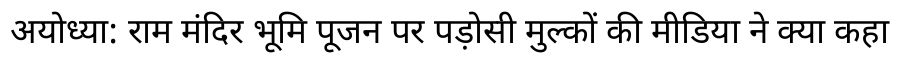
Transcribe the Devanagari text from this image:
अयोध्या: राम मंदिर भूमि पूजन पर पड़ोसी मुल्कों की मीडिया ने क्या कहा